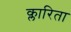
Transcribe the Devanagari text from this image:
क्लारिता